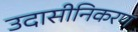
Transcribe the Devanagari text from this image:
उदासीनिकरण